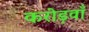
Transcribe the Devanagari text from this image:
करोड़वाँ